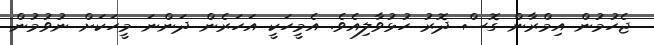
ޖެހުމުން އިމްރާން ގޮސް ދޮރު ހުޅުވާލިއެވެ. އެމީހަކީ އަހަރެން ދަންނަ މީހަކަށް ނުވުމުން